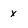
Character: x